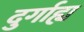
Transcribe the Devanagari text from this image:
दुर्गाह्य